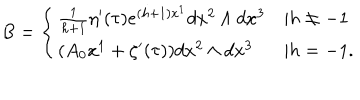
B = \left\{ \begin{array} { l l } { { \frac { 1 } { h + 1 } \eta ^ { \prime } ( \tau ) e ^ { ( h + 1 ) x ^ { 1 } } d x ^ { 2 } \wedge d x ^ { 3 } } } & { { | h \neq - 1 } } \\ { { ( A _ { 0 } x ^ { 1 } + \zeta ^ { \prime } ( \tau ) ) d x ^ { 2 } \wedge d x ^ { 3 } } } & { { | h = - 1 . } } \\ \end{array} \right.